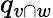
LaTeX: q_{v\cap w}